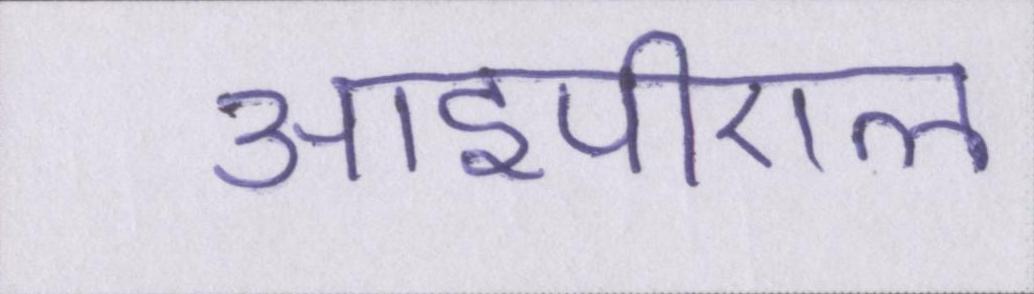
आईपीएल